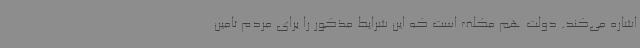
اشاره می‌کند. دولت هم مکلف است که این شرایط مذکور را برای مردم تامین